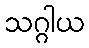
သဂ္ဂါယ